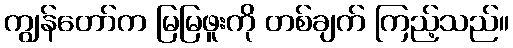
ကျွန်တော်က မြမြဖူးကို တစ်ချက် ကြည့်သည်။